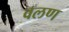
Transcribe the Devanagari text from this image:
वलण